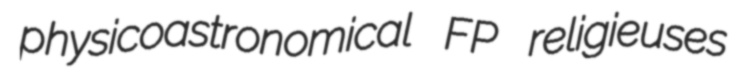
physicoastronomical FP religieuses